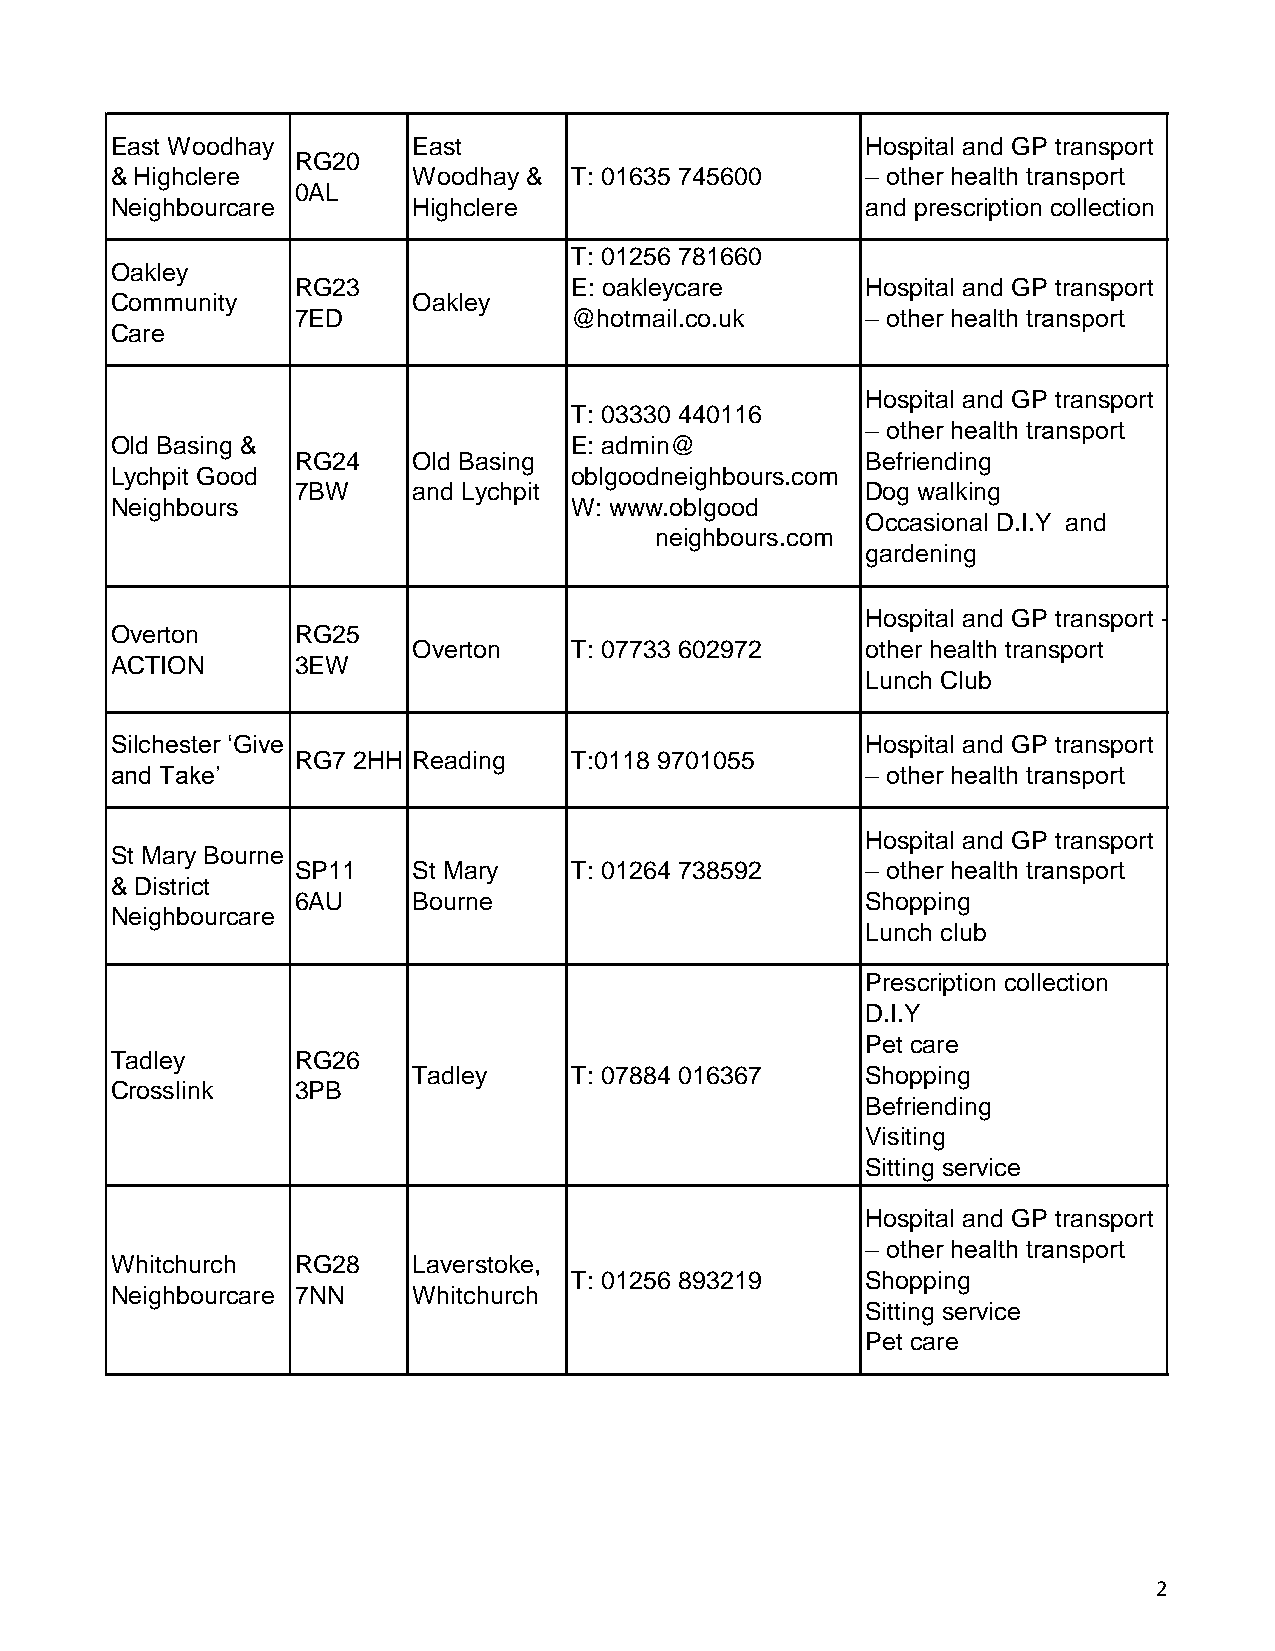
East Woodhay        East                          Hospital and GP transport
 RG20
 & Highclere         Woodhay &  T: 01635 745600    – other health transport
 0AL
 Neighbourcare       Highclere                     and prescription collection
 T: 01256 781660
 Oakley
 RG23              E: oakleycare      Hospital and GP transport
 Community           Oakley
 7ED               @hotmail.co.uk     – other health transport
 Care
 Hospital and GP transport
 T: 03330 440116
 – other health transport
 Old Basing &                   E: admin@
 RG24   Old Basing                    Befriending
 Lychpit Good                   oblgoodneighbours.com
 7BW    and Lychpit                   Dog walking
 Neighbours                     W: www.oblgood
 Occasional D.I.Y and
 neighbours.com
 gardening
 Hospital and GP transport -
 Overton      RG25
 Overton    T: 07733 602972    other health transport
 ACTION       3EW
 Lunch Club
 Silchester ‘Give                                  Hospital and GP transport
 RG7 2HH Reading   T:0118 9701055
 and Take’                                         – other health transport
 Hospital and GP transport
 St Mary Bourne
 SP11   St Mary    T: 01264 738592    – other health transport
 & District
 6AU    Bourne                        Shopping
 Neighbourcare
 Lunch club
 Prescription collection
 D.I.Y
 Pet care
 Tadley       RG26
 Tadley     T: 07884 016367    Shopping
 Crosslink    3PB
 Befriending
 Visiting
 Sitting service
 Hospital and GP transport
 – other health transport
 Whitchurch   RG28   Laverstoke,
 T: 01256 893219    Shopping
 Neighbourcare 7NN   Whitchurch
 Sitting service
 Pet care
 2